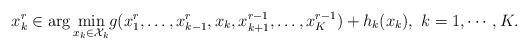
LaTeX: \begin{align*}x_k^r \in \arg\min_{x_k\in \mathcal{X}_k} &g(x_1^{r},\ldots,x_{k-1}^{r},x_k,x_{k+1}^{r-1},\ldots, x_K^{r-1})+h_k(x_k), \ k=1,\cdots, K.\end{align*}